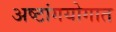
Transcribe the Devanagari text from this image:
अष्टांगयोगात